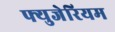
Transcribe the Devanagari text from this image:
फ्युजेरियम